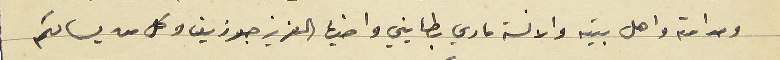
ومدامته واهل بيته والانسة ماري بطايني واخيها العزيز جوزيف وكل من يسالكم